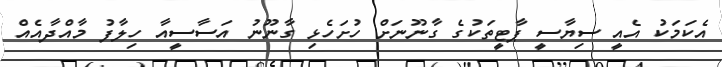
އެކަމަކު އެއީ ސިޔާސީ ޕާޓީތަކުގެ ގާނޫނަށް ހުށަހެޅި ގާނޫނު އަސާސީއާ ހިލާފު މާއްދާއެއް